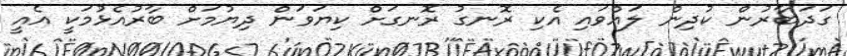
ގަދަބާރުން ކުދިން ލައްވައި އެކި ރޮނގު ރޮނގަށް ކިޔަވަން ދިޔުމަށް ބާރުއެޅުމަކީ އެއީ